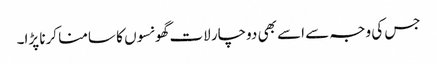
جس کی وجہ سے اسے بھی دوچار لات گھونسوں کا سامنا کرنا پڑا۔